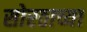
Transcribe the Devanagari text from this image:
सोरठाच्या